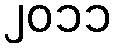
၂၀၁၁